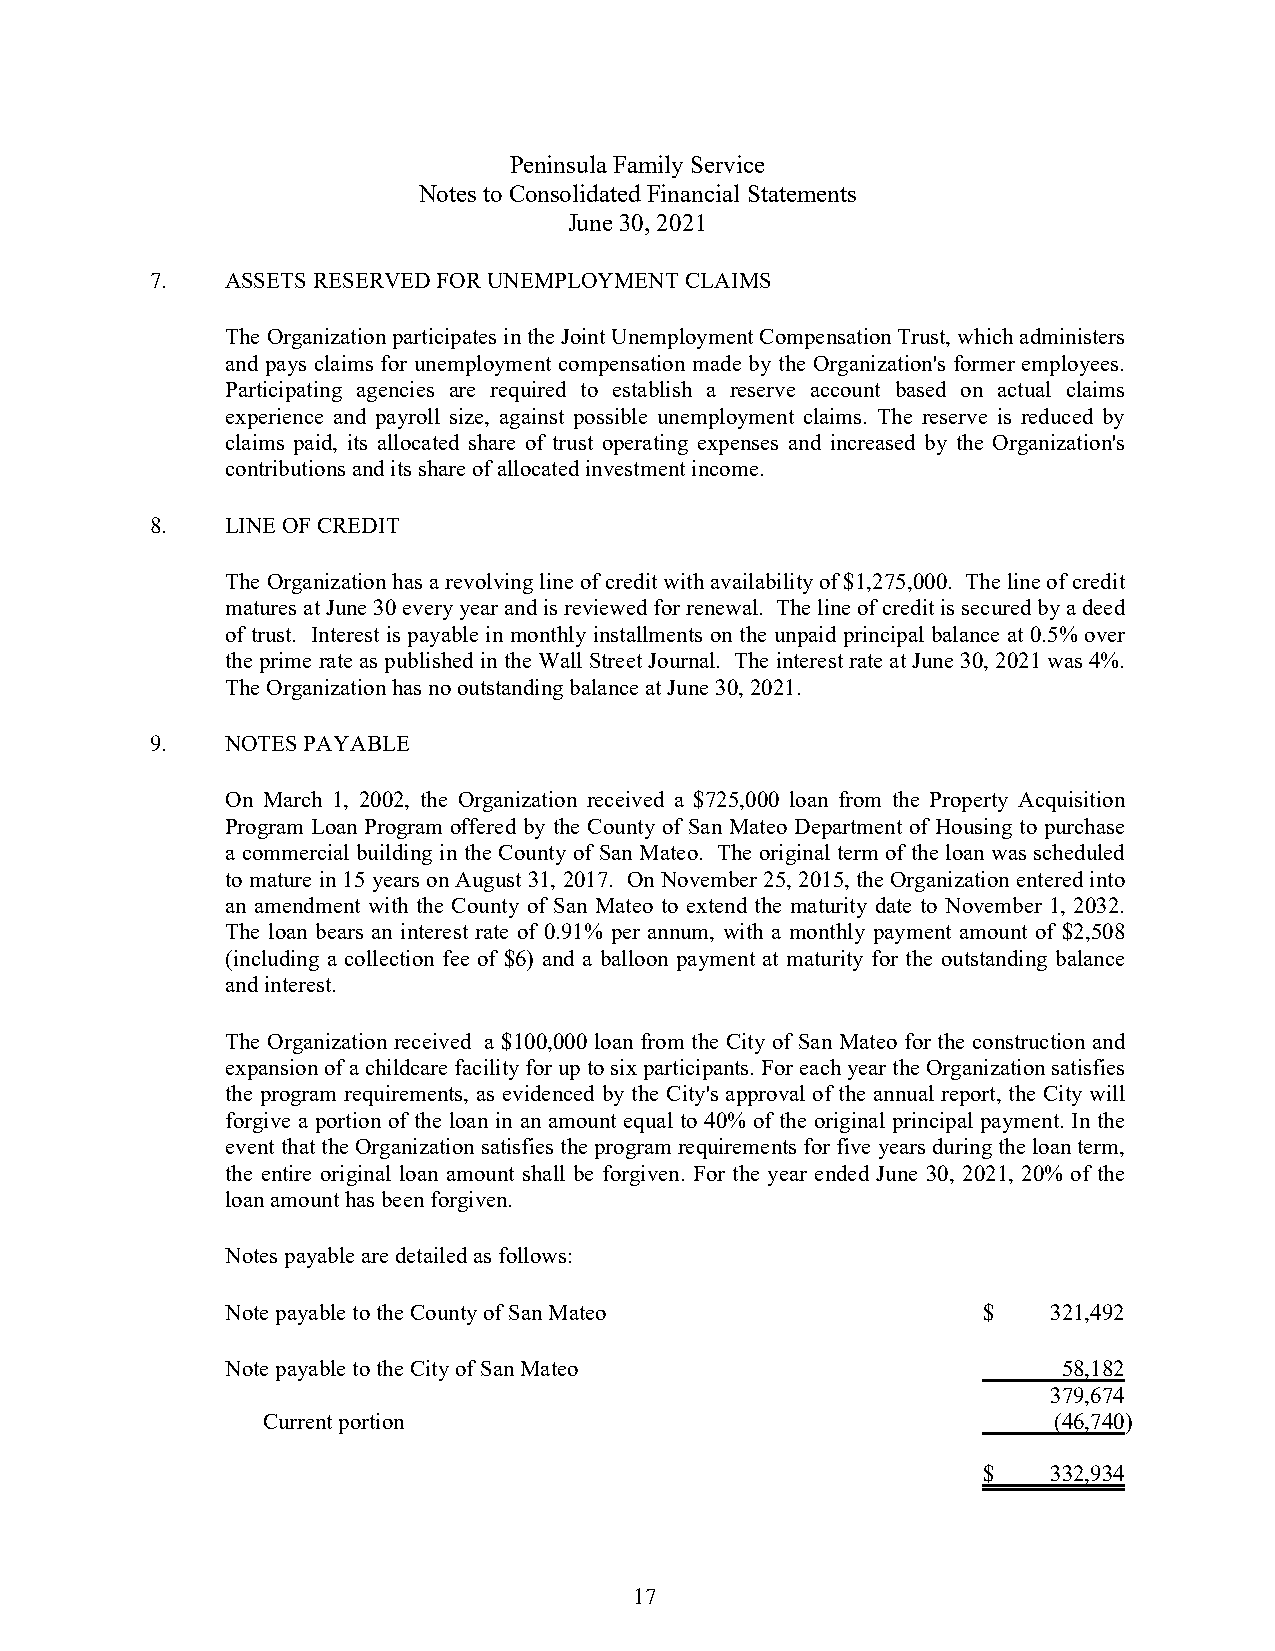
Peninsula Family Service
 Notes to Consolidated Financial Statements
 June 30, 2021
 7.   ASSETS RESERVED FOR UNEMPLOYMENT CLAIMS
 The Organization participates in the Joint Unemployment Compensation Trust, which administers
 and pays claims for unemployment compensation made by the Organization's former employees.
 Participating agencies are required to establish a reserve account based on actual claims
 experience and payroll size, against possible unemployment claims. The reserve is reduced by
 claims paid, its allocated share of trust operating expenses and increased by the Organization's
 contributions and its share of allocated investment income.
 8.   LINE OF CREDIT
 The Organization has a revolving line of credit with availability of $1,275,000. The line of credit
 matures at June 30 every year and is reviewed for renewal. The line of credit is secured by a deed
 of trust. Interest is payable in monthly installments on the unpaid principal balance at 0.5% over
 the prime rate as published in the Wall Street Journal. The interest rate at June 30, 2021 was 4%.
 The Organization has no outstanding balance at June 30, 2021.
 9.   NOTES PAYABLE
 On March 1, 2002, the Organization received a $725,000 loan from the Property Acquisition
 Program Loan Program offered by the County of San Mateo Department of Housing to purchase
 a commercial building in the County of San Mateo. The original term of the loan was scheduled
 to mature in 15 years on August 31, 2017. On November 25, 2015, the Organization entered into
 an amendment with the County of San Mateo to extend the maturity date to November 1, 2032.
 The loan bears an interest rate of 0.91% per annum, with a monthly payment amount of $2,508
 (including a collection fee of $6) and a balloon payment at maturity for the outstanding balance
 and interest.
 The Organization received a $100,000 loan from the City of San Mateo for the construction and
 expansion of a childcare facility for up to six participants. For each year the Organization satisfies
 the program requirements, as evidenced by the City's approval of the annual report, the City will
 forgive a portion of the loan in an amount equal to 40% of the original principal payment. In the
 event that the Organization satisfies the program requirements for five years during the loan term,
 the entire original loan amount shall be forgiven. For the year ended June 30, 2021, 20% of the
 loan amount has been forgiven.
 Notes payable are detailed as follows:
 Note payable to the County of San Mateo           $    321,492
 Note payable to the City of San Mateo                  58,182
 379,674
 Current portion                                      (46,740)
 $    332,934
 17